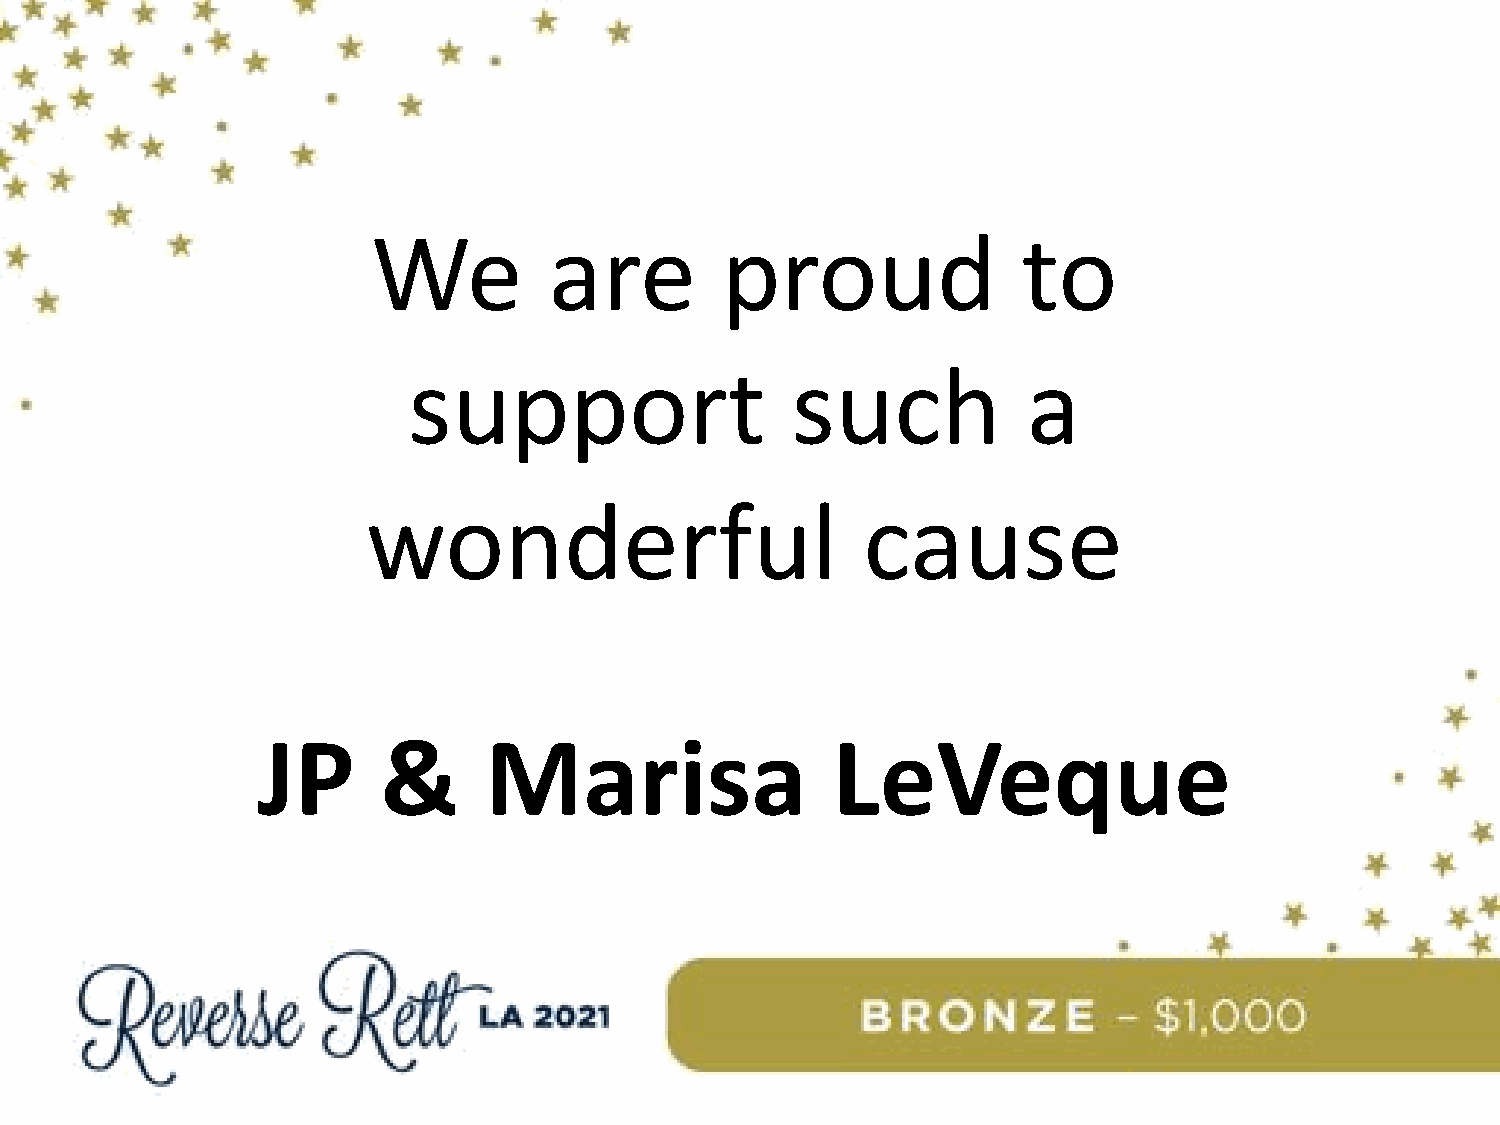
We         are         proud               to
 support                  such            a
 wonderful                        cause
 JP      &      Marisa                 LeVeque